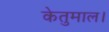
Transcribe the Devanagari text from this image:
केतुमाल।